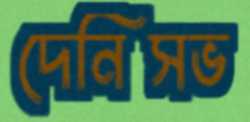
দেনিসভ